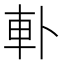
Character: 𨊣